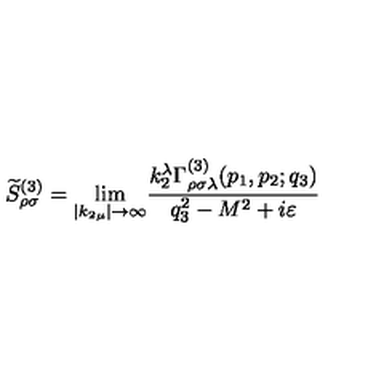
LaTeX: \widetilde { S } _ { \rho \sigma } ^ { ( 3 ) } = { \lim _ { \left| k _ { 2 \mu } \right| \rightarrow \infty } } \frac { k _ { 2 } ^ { \lambda } \Gamma _ { \rho \sigma \lambda } ^ { ( 3 ) } ( p _ { 1 } , p _ { 2 } ; q _ { 3 } ) } { q _ { 3 } ^ { 2 } - M ^ { 2 } + i \varepsilon }